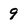
Character: 9